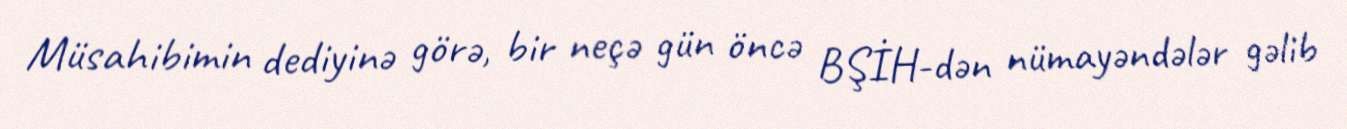
Müsahibimin dediyinə görə, bir neçə gün öncə BŞİH-dən nümayəndələr gəlib